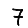
Digit: 7